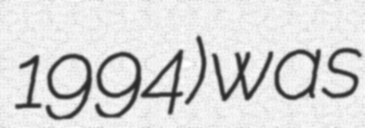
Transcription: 1994) was